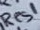
Text: Res1